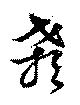
顙